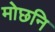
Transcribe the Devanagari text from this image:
मोछनि